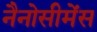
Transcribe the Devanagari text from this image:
नैनोसीमेंस